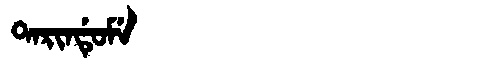
Manchu: ᡨᠠᡵᡳᠨᡩᡠᠮᡝ
Romanization: TARINDUME